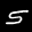
Label: 5